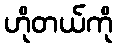
ဟိုတယ်ကို